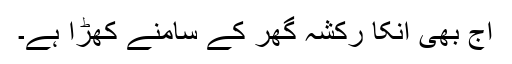
آج بھی انکا رکشہ گھر کے سامنے کھڑا ہے۔